Insane asylums in Bengal annual reports 1867-1875 - 1867-1875
Year: 1867
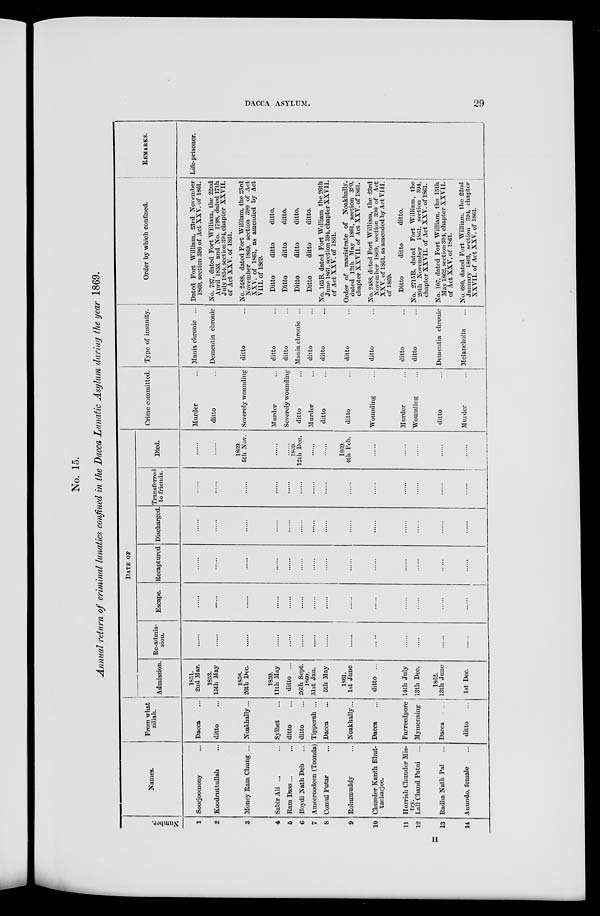
DACCA ASYLUM.
29
No. 15.
Annual return of criminal lunatics confined in the Dacca Lunatic Asylum during the year 1869.
Number.
1
2
3
4
5
6
7
8
9
10
11
12
13
14
Names.
Soorjoomony ...
Koodruttullah ...
Money Ram Chung ...
Sabir Ali ... ...
Ram Dass ... ...
Boydi Nath Deb ...
Ameeroodeen (Toonda)
Comul Putar ...
Rohumuddy ...
Chunder Kanth Bhut-
tacharjee.
Hurrish Chunder Mis-
try.
Lall Chand Patni
...
Radha Nath Pal ...
Anundo, female ...
From what
zillah.
Dacca ...
ditto ...
Noakhally...
Sylhet ...
ditto ...
ditto ...
Tipperah ...
Dacca ...
Noakhally ...
Dacca ...
Furreedpore
Mymensing
Dacca ...
ditto ...
DATE OF
Admission.
1851.
2nd Mar.
1853.
15th May
1858.
26th Dec.
1859.
11th May
ditto ...
26th Sept.
1860.
31st Jan.
5th May
1861.
1st June
ditto ...
14th July
13th Dec.
1862.
13th June
1st Dec.
Re-admis-
sion.
......
......
......
......
......
......
......
......
......
......
......
......
......
......
Escape.
......
......
......
......
......
......
......
......
......
......
......
......
......
......
Recaptured
......
......
......
......
......
......
......
......
......
......
......
......
Discharged.
......
......
......
......
......
......
......
......
......
......
......
......
......
......
Transferred
to friends.
......
......
......
......
......
......
......
......
......
......
......
......
......
......
Died.
......
......
1869.
5th Nov.
......
......
1869.
12th Dec.
......
......
1869.
4th Feb.
......
......
......
......
......
Crime committed.
Murder ...
ditto ...
Severely wounding
Murder ...
Severely wounding
ditto ...
Murder ...
ditto ...
ditto ...
Wounding ...
Murder ...
Wounding ...
ditto ...
Murder ...
Type of insanity.
Mania chronic ...
Dementia chronic
ditto ...
ditto ...
ditto ...
Mania chronic ...
ditto ...
ditto ...
ditto ...
ditto ...
ditto ...
ditto ...
Dementia chronic
Melancholia ...
Order by which confined.
Dated Fort William, 23rd November
1869, section 396 of Act XXV. of 1861.
No. 737, dated Fort William, the 22nd
April 1853, and No. 1798, dated 17th
July 1854, section 394, chapter XXVII.
of Act XXV. of 1861.
No. 2488, dated Fort William, the 23rd
November 1869, section 390 of Act
XXV. of 1861, as amended by Act
VIII. of 1869.
Ditto
ditto
ditto.
Ditto
ditto
ditto.
Ditto
ditto
ditto.
Ditto
ditto
ditto.
No. 165B, dated Fort William the 26th
June 1861, section 394, chapter XXVII.
of Act XXV. of 1861.
Order of magistrate of Noakhally,
dated 12th May 1861, section 390,
chapter XXVII. of Act XXV. of 1861.
No. 2488, dated Fort William, the 23rd
November 1869, section 390 of Act
XXV. of 1861, as amended by Act VIII.
of 1869.
Ditto
ditto
ditto.
No. 2715B, dated Fort William, the
20th November 1861, section 394,
chapter XXVII. of Act XXV. of 1861.
No. 107, dated Fort William, the 15th
May 1862, section 394, chapter XXVII.
of Act XXV. of 1861.
No. 680, dated Fort William, the 22nd
January 1863, section 394, chapter
XXVII. of Act XXV. of 1861.
REMARKS.
Life-prisoner.
H